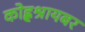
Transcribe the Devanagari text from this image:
कोह्लश्रायबर